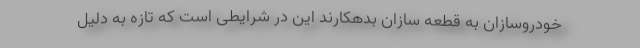
خودروسازان به قطعه سازان بدهکارند این در شرایطی است که تازه به دلیل